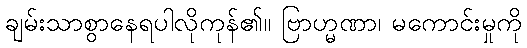
ချမ်းသာစွာနေရပါလိုကုန်၏။ ဗြာဟ္မဏာ၊ မကောင်းမှုကို